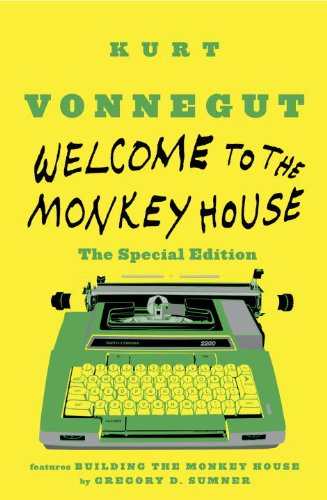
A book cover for Welcome to the Monkey House, The Special Edition; Kurt Vonnegut; Science Fiction & Fantasy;